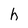
Character: h